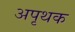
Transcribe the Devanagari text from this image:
अपृथक